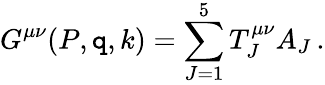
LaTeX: G^{\mu\nu}(P,\mathtt{q},k)=\sum_{J=1}^{5}T_{J}^{\mu\nu}A_{J}\, .